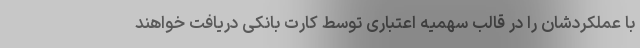
با عملکردشان را در قالب سهمیه اعتباری توسط کارت بانکی دریافت خواهند